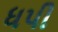
ધપી